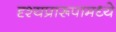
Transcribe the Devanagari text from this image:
दृश्यप्रारूपामध्ये